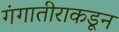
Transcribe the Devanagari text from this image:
गंगातीराकडून